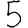
Digit: 5